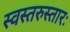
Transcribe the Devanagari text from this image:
स्वस्तरुस्तारः